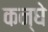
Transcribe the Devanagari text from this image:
कन्घे